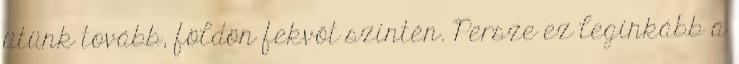
ütünk tovább, földön fekvőt szintén. Persze ez leginkább a